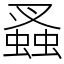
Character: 𧎮